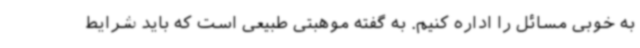
به خوبی مسائل را اداره کنیم. به گفته موهبتی طبیعی است که باید شرایط